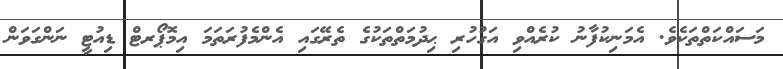
މަސައްކަތްތަކެވެ. އެމަނިކުފާނު ކުރެއްވި އަގުހުރި ޙިދުމަތްތަކުގެ ތެރޭގައި އެންމެފުރަތަމަ އިމޮޕޯރޓް ޑިއުޓީ ނަންގަވަން